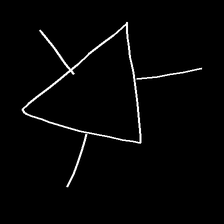
Glyph: fire